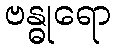
ဗန္ဓုရော